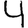
Digit: 4